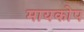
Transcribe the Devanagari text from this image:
मायकोप